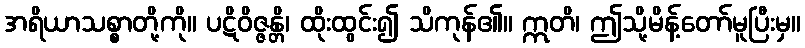
အရိယာသစ္စာတို့ကို။ ပဋိဝိဇ္ဇန္တိ၊ ထိုးထွင်း၍ သိကုန်၏။ ဣတိ၊ ဤသို့မိန့်တော်မူပြီးမှ။